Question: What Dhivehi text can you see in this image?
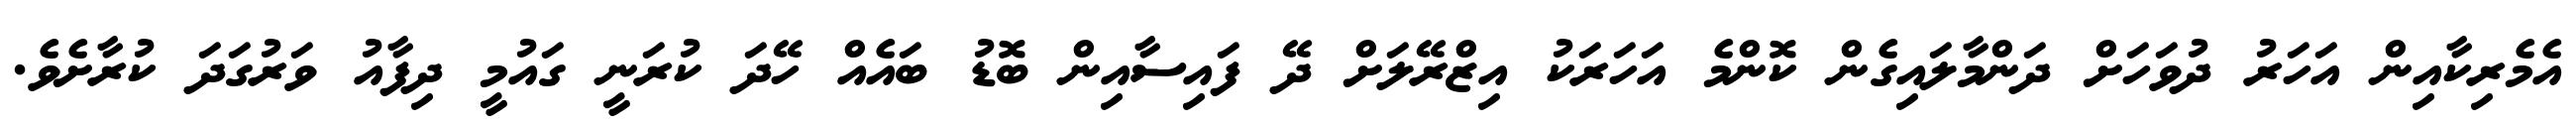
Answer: އެމެރިކާއިން އަހަރު ދުވަހަށް ދަންމާލައިގެން ކޮންމެ އަހަރަކު އިޒްރޭލަށް ދޭ ފައިސާއިން ބޮޑު ބައެއް ހޭދަ ކުރަނީ ގައުމީ ދިފާއު ވަރުގަދަ ކުރާށެވެ.